Vaccination in Bombay 1856-1862 - 1856-1862
Year: 1856
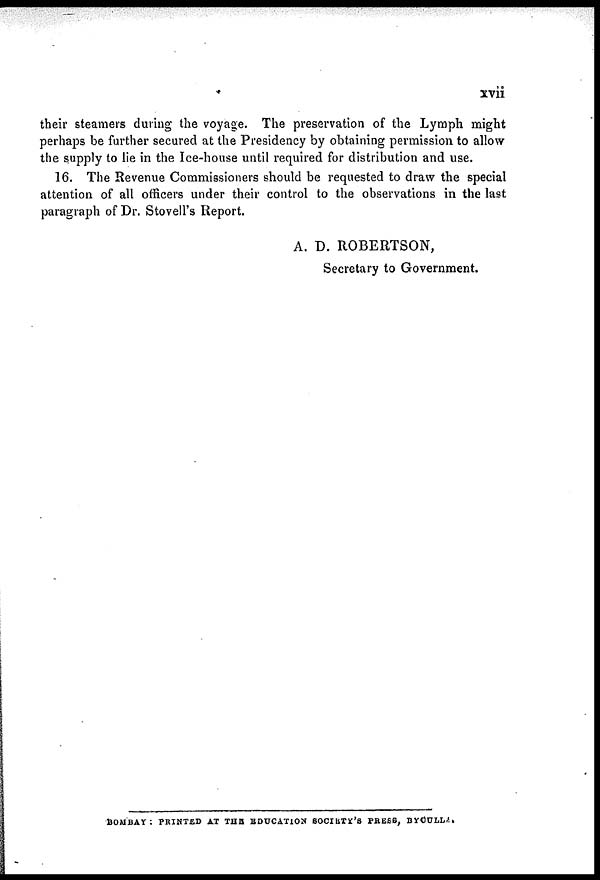
xvii
their steamers during the voyage. The preservation of the Lymph might
perhaps be further secured at the Presidency by obtaining permission to allow
the supply to lie in the Ice-house until required for distribution and use.
16. The Revenue Commissioners should be requested to draw the special
attention of all officers under their control to the observations in the last
paragraph of Dr. Stovell's Report.
A. D. ROBERTSON,
Secretary to Government.
BOMBAY: PRINTED AT THE EDUCATION SOCIRIY'S PRESS, BYCULLA.